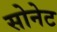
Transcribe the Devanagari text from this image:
सोनेट